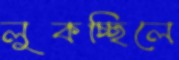
লুকচ্ছিলে